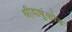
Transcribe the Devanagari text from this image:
श्रीवाष़ुंकोड